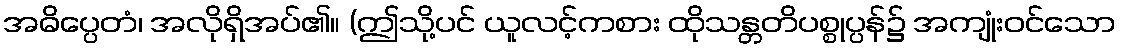
အဓိပ္ပေတံ၊ အလိုရှိအပ်၏။ (ဤသို့ပင် ယူလင့်ကစား ထိုသန္တတိပစ္စုပ္ပန်၌ အကျုံးဝင်သော